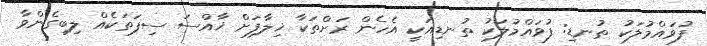
ފުވައްމުލަކު ތުނޑި: ފުވައްމުލަކު ތުނޑިއަކީ އެހެން ރަށްތަކާ ޚިލާފަށް ޚާއްސަ ސިފަތަކެއް ލިބިގެންވާ